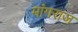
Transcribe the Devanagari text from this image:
मांगराज